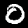
Label: 0